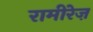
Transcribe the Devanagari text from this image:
रामीरेज़